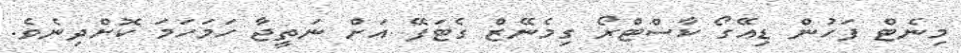
މިނެޓް ފަހުން ޑިއޭގޯ ކާސްޓްރޯ ގިމެނޭޒް ގެޓަފޭ އަށް ނަތީޖާ ހަމަހަމަ ކޮށްދިނެވެ.